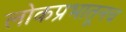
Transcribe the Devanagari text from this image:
लोकप्रभातूनच